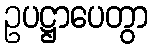
ဥပဋ္ဌာပေတွာ